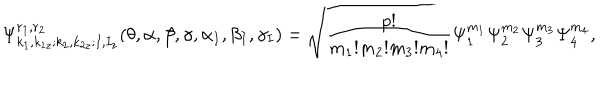
LaTeX: \Psi _ { k _ { 1 } , k _ { 1 z } ; k _ { 2 } , k _ { 2 z } ; I , I _ { z } } ^ { r _ { 1 } , r _ { 2 } } ( \theta , \alpha , \beta , \gamma , \alpha _ { I } , \beta _ { I } , \gamma _ { I } ) = \sqrt { \frac { p ! } { m _ { 1 } ! m _ { 2 } ! m _ { 3 } ! m _ { 4 } ! } } \Psi _ { 1 } ^ { m _ { 1 } } \Psi _ { 2 } ^ { m _ { 2 } } \Psi _ { 3 } ^ { m _ { 3 } } \Psi _ { 4 } ^ { m _ { 4 } } ,